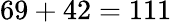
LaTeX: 69+42=111